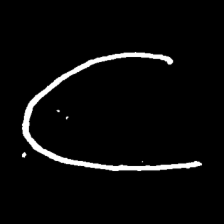
Pyu character \u2014 Myanmar letter: ဋ (romanized: tta)